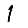
Digit: 1